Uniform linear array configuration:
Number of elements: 48
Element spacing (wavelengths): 1
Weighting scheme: binomial
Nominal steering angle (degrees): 0
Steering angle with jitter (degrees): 1.207
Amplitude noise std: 0.05
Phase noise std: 0.05

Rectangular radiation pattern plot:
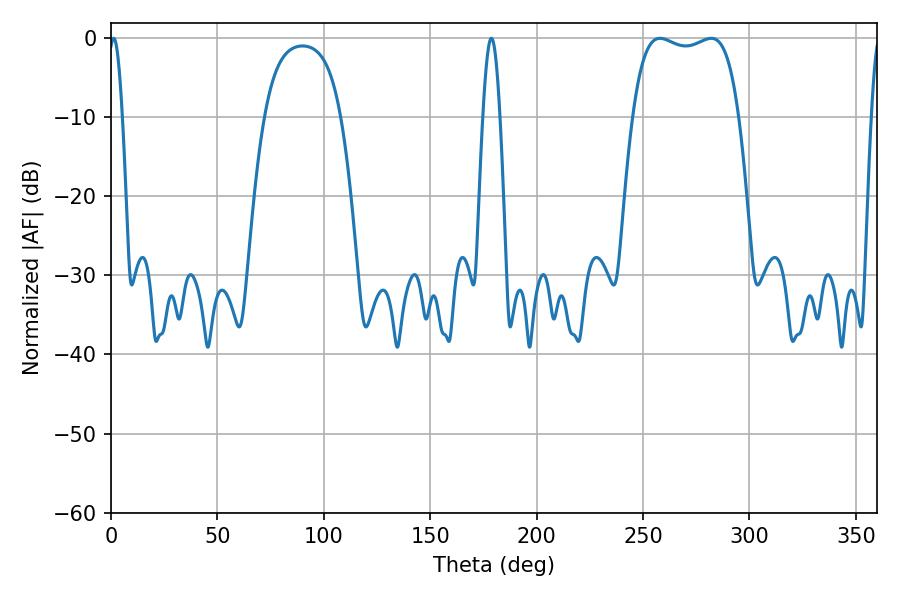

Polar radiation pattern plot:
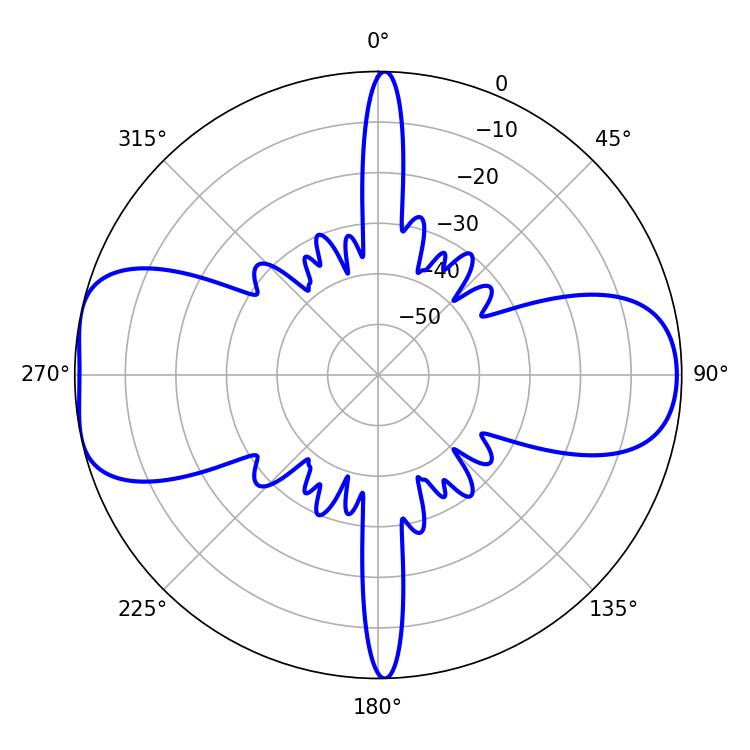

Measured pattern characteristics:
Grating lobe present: TRUE
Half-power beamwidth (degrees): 3.42
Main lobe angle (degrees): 1.26